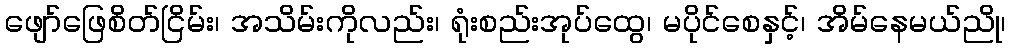
ဖျော်ဖြေစိတ်ငြိမ်း၊ အသိမ်းကိုလည်း၊ ရုံးစည်းအုပ်ထွေ၊ မပိုင်စေနှင့်၊ အိမ်နေမယ်ညို၊